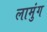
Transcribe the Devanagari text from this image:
लामुंग